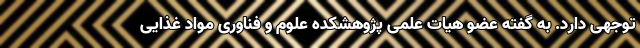
توجهی دارد. به گفته عضو هیات علمی پژوهشکده علوم و فناوری مواد غذایی